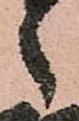
之